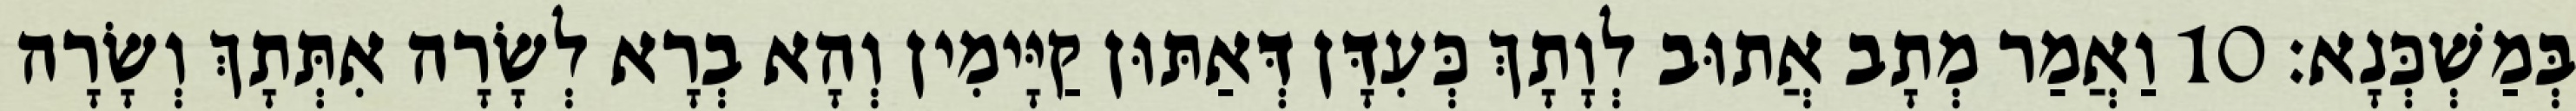
בְּמַשְׁכְּנָא׃ 10 וַאֲמַר מְתָב אֲתוּב לְוָתָךְ כְּעִדָּן דְּאַתּוּן קַיָּימִין וְהָא בְרָא לְשָׂרָה אִתְּתָךְ וְשָׂרָה